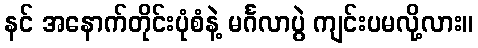
နင် အနောက်တိုင်းပုံစံနဲ့ မင်္ဂလာပွဲ ကျင်းပမလို့လား။